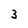
Character: 3